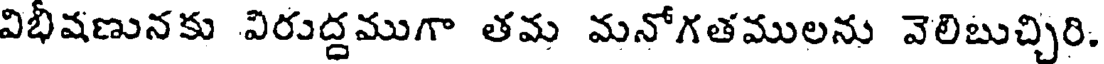
విభీషణునకు విరుద్దముగా తమ మనోగతములను వెలిబుచ్చిరి.